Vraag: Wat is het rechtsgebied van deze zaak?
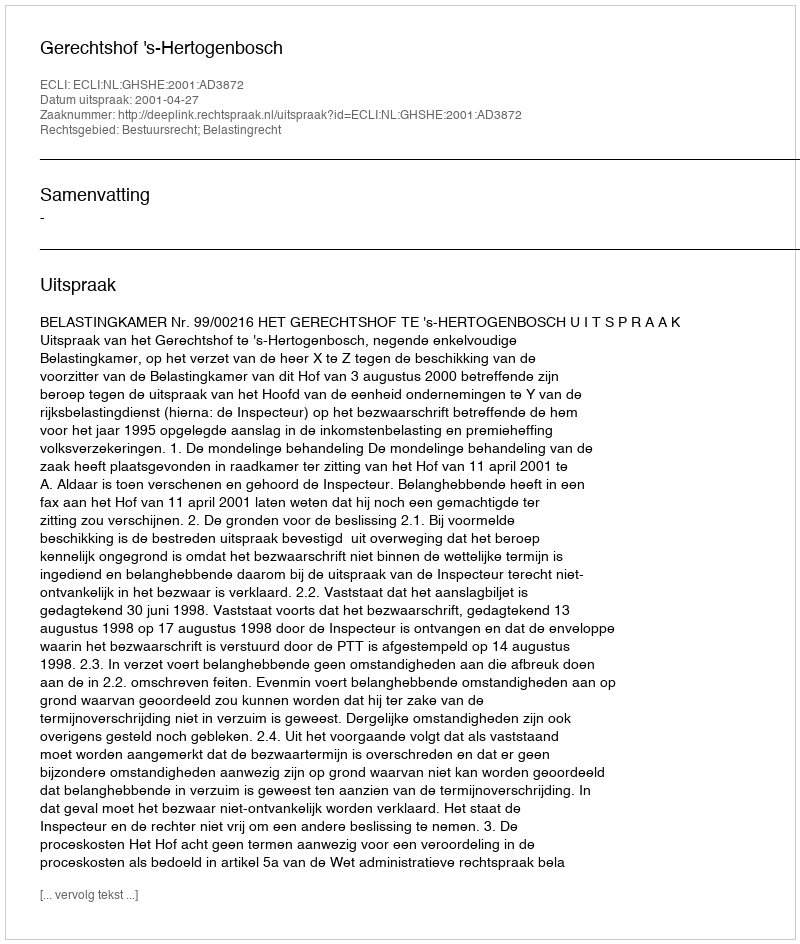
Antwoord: Bestuursrecht; Belastingrecht